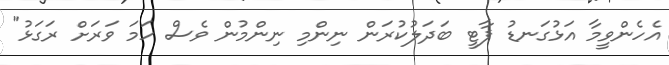
އެހެންވީމާ އަޅުގަނޑު ޕާޓީ ބަދަލުކުރަން ނިންމި ނިންމުން ވެސް ހަމަ ވަރަށް ރަގަޅު"